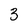
Character: 3